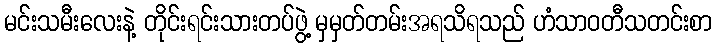
မင်းသမီးလေးနဲ့ တိုင်းရင်းသားတပ်ဖွဲ့ မှမှတ်တမ်းအရသိရသည် ဟံသာဝတီသတင်းစာ